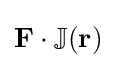
\mathbf {F} \cdot \mathbb {J} (\mathbf {r} )